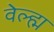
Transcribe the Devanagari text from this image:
वेल्ह्म